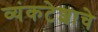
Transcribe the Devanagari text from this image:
व्यंकटेशाचे